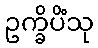
ဥက္ခိပိံသု